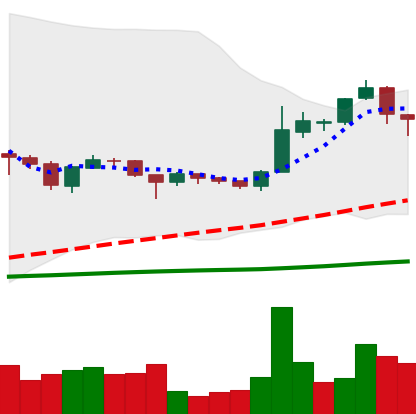
Ticker: BTC-USD
Chart end date: 2015-12-02
Forward return: 10.12%
Label: up_7plus